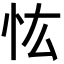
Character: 𢗞